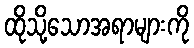
ထိုသို့သောအရာများကို